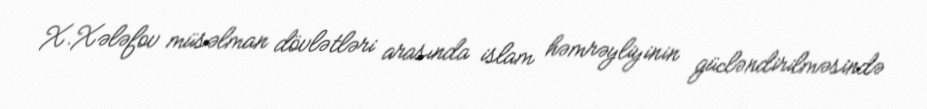
X.Xələfov müsəlman dövlətləri arasında islam həmrəyliyinin gücləndirilməsində